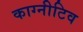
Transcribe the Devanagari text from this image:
काग्नीटिव